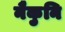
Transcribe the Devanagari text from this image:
नैकुनि